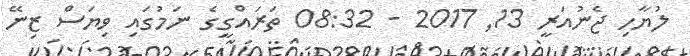
ލުޔާހި ޖެނުއަރީ 13